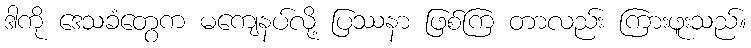
ဒါကို ဒေသခံတွေက မကျေနပ်လို့ ပြဿနာ ဖြစ်ကြ တာလည်း ကြားဖူးသည်။